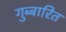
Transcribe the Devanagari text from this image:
गुब्बारित